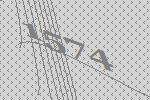
1574